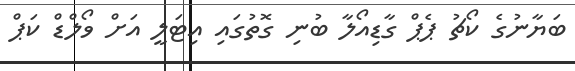
ބަޔާނުގެ ކޯޗު ޕެޕް ގާޑިއޯލާ ބުނި ގޮތުގައި އިޓަލީ އަށް ވޯލްޑް ކަޕް